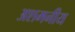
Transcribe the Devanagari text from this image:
अशमनीय